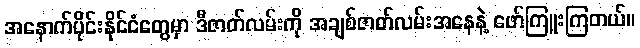
အနောက်ပိုင်းနိုင်ငံတွေမှာ ဒီဇာတ်လမ်းကို အချစ်ဇာတ်လမ်းအနေနဲ့ ဖော်ကြူးကြတယ်။